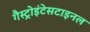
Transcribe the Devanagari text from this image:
गैस्ट्रोइंटेसटाइनल